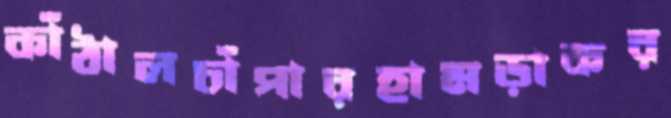
কাঁঠালচাঁপারহামড়াকর